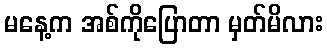
မနေ့က အစ်ကိုပြောတာ မှတ်မိလား